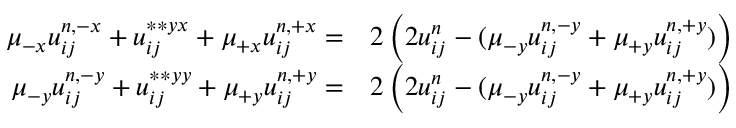
\begin{array} { r l } { \mu _ { - x } u _ { i j } ^ { n , - x } + u _ { i j } ^ { \ast \ast { y x } } + \mu _ { + x } u _ { i j } ^ { n , + x } = } & { { } 2 \left( 2 u _ { i j } ^ { n } - ( \mu _ { - y } u _ { i j } ^ { n , - y } + \mu _ { + y } u _ { i j } ^ { n , + y } ) \right) } \\ { \mu _ { - y } u _ { i j } ^ { n , - y } + u _ { i j } ^ { \ast \ast { y y } } + \mu _ { + y } u _ { i j } ^ { n , + y } = } & { { } 2 \left( 2 u _ { i j } ^ { n } - ( \mu _ { - y } u _ { i j } ^ { n , - y } + \mu _ { + y } u _ { i j } ^ { n , + y } ) \right) } \end{array}